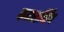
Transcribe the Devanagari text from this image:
कनसर्निंग